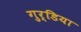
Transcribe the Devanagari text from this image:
गुर्डिया